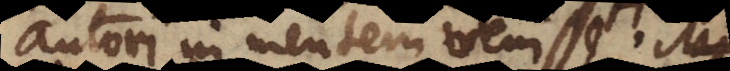
autori in mentem venisse,